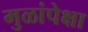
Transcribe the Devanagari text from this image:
मुळांपेक्षा